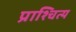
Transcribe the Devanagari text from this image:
प्राश्चित्य